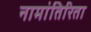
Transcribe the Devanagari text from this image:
नामांतिरिता